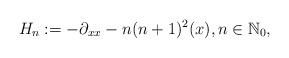
LaTeX: \begin{align*}H_n := -\partial_{xx}-n(n+1)^2(x),n\in\mathbb{N}_0,\end{align*}